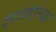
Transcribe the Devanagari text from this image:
रूग्णांच्या